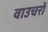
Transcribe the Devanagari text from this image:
वाउचरों